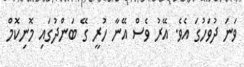
ވަނަ ދުވަހުގަ އެވެ. އޭރު ވެސް އޭނާ ހުރީ ގޭ ބަންދުގައި މޮނިކޮމް